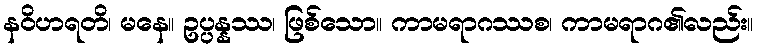
နဝိဟရတိ၊ မနေ။ ဥပ္ပန္နဿ၊ ဖြစ်သော။ ကာမရာဂဿစ၊ ကာမရာဂ၏လည်း။